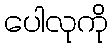
ပေါလုကို